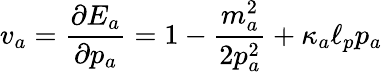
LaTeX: v_{a}=\frac{\partial E_{a}}{\partial p_{a}}=1-\frac{m_{a}^{2}}{2p_{a}^{2}}+\kappa_{a}\ell_{p}p_{a}